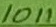
Text: 1011